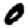
Digit: 0